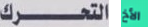
التحرك الأخ